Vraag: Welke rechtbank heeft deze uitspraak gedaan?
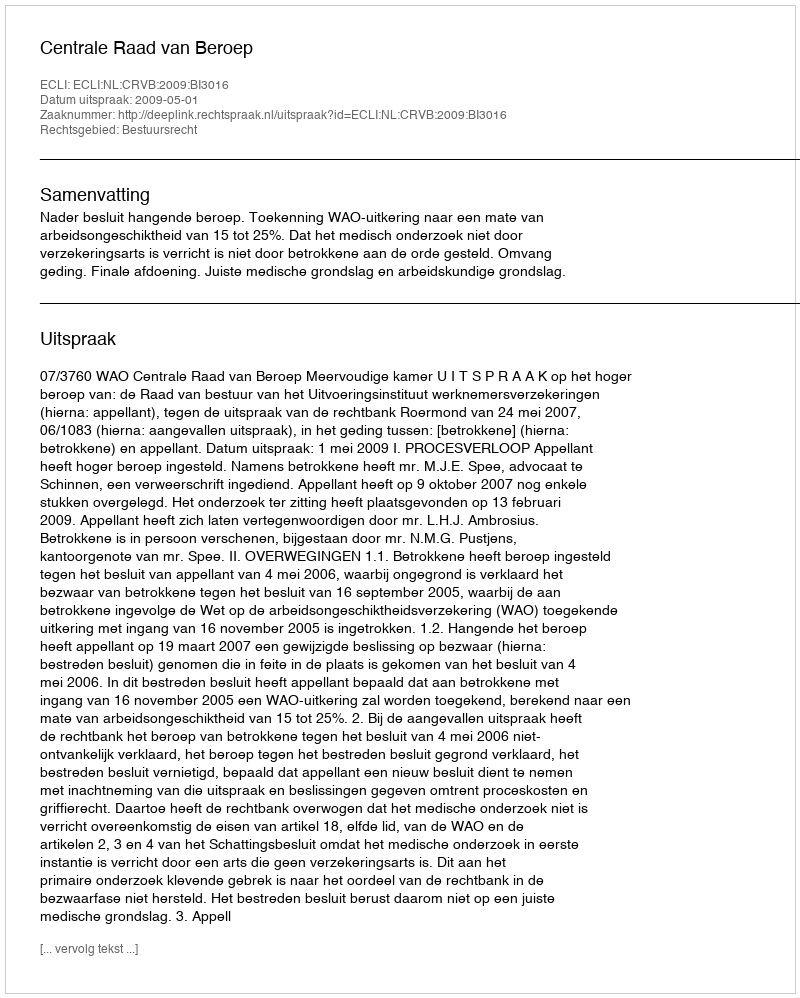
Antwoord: Centrale Raad van Beroep